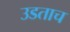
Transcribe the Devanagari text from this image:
उडताच